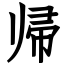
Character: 帰